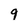
Character: 9